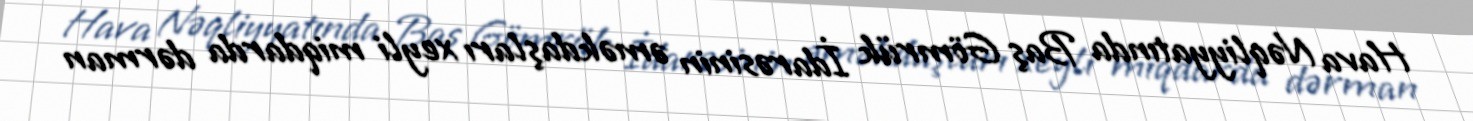
Hava Nəqliyyatında Baş Gömrük İdarəsinin əməkdaşları xeyli miqdarda dərman